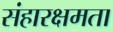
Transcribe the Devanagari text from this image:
संहारक्षमता